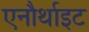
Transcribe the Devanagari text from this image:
एनौर्थाइट